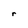
Character: r